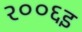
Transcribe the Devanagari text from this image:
२००६इ